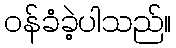
ဝန်ခံခဲ့ပါသည်။